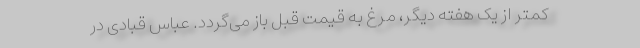
کمتر از یک هفته دیگر، مرغ به قیمت قبل باز می‌گردد. عباس قبادی در